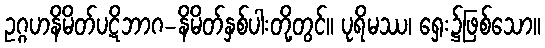
ဥဂ္ဂဟနိမိတ်ပဋိဘာဂ-နိမိတ်နှစ်ပါးတို့တွင်။ ပုရိမဿ၊ ရှေး၌ဖြစ်သော။